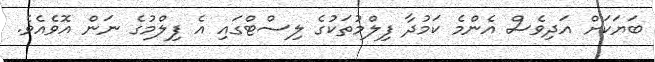
ބަޔަކަށް އަދިވެސް އެންމެ ކަމުދާ ފިލްމުތަކުގެ ލިސްޓްގައި އެ ފިލްމުގެ ނަން އޮވެއެވެ.